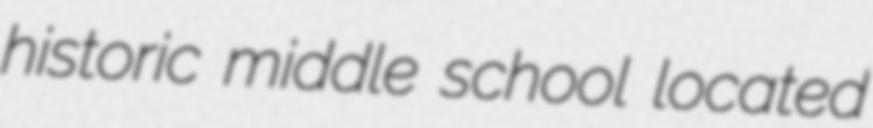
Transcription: historic middle school located